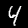
Digit: 4